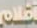
أفلام